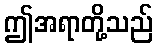
ဤအရာတို့သည်